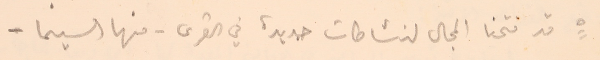
٥ قد فتحنا المجال لنشاطات جديدة في القرى . منها السينما -